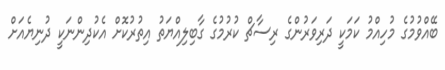
ބޭއްވުމުގެ މުހިއްމު ކަމަކީ ދަރިވަރުންގެ ރިސާޗް ކުރުމުގެ ގާބިލިއްޔަތު އިތުރުކޮށް އެކުދިންނަކީ ދުނިޔެއަށް